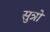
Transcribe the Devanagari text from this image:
सुत्रो